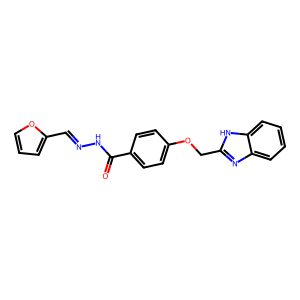
SMILES: O=C(NN=Cc1ccco1)c1ccc(OCc2nc3ccccc3[nH]2)cc1
Inhibits HIV replication: No